Senior Leaving Certificate Examination (including Day School Certificate (Higher) General paper), 1948
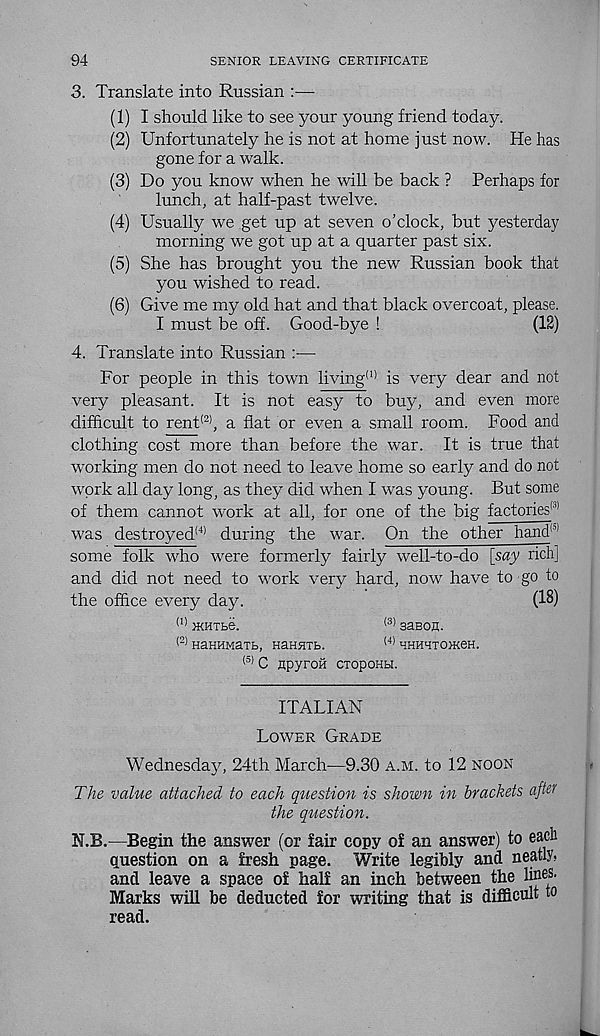
94
SENIOR LEAVING CERTIFICATE
3. Translate into Russian :—
(1) I should like to see your young friend today.
(2) Unfortunately he is not at home just now. He has
gone for a walk.
(3) Do you know when he will be back ? Perhaps for
lunch, at half-past twelve.
(4) Usually we get up at seven o’clock, but yesterday
morning we got up at a quarter past six.
(5) She has brought you the new Russian book that
you wished to read.
(6) Give me my old hat and that black overcoat, please.
I must be off. Good-bye !
(12)
4. Translate into Russian —
For people in this town living* 1 ' is very dear and not
very pleasant. It is not easy to buy, and even more
difficult to rent* 2 ', a flat or even a small room. Food and
clothing cost more than before the war. It is true that
working men do not need to leave home so early and do not
work all day long, as they did when I was young. But some
of them cannot work at all, for one of the big factories*'’ 1
was destroyed* 4 ' during the war. On the other hand* 11
some folk who were formerly fairly well-to-do [say rich]
and did not need to work very hard, now have to go to
the office every day.
(18)
(1) IKHTte.
* 3) SaBOH.
* 2) HaHHMaTB, HaHHTb.
* 4 ' BHHHTOIKeH.
< 5 ' C npyroii cropoHbi.
ITALIAN
Lower Grade
Wednesday, 24th March—9.30 a.m. to 12 noon
The value attached to each question is shown in brackets after
the question.
N.B.—Begin the answer (or fair copy of an answer) to each
question on a fresh page. Write legibly and neatly,
and leave a space of half an inch between the line 8 -
Marks will be deducted for writing that is difficult ^
read.